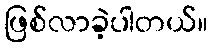
ဖြစ်လာခဲ့ပါတယ်။